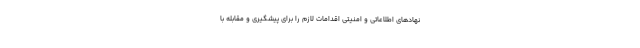
نهادهای اطلاعاتی و امنیتی اقدامات لازم را برای پیشگیری و مقابله با